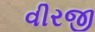
વીરજી